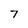
Character: 7